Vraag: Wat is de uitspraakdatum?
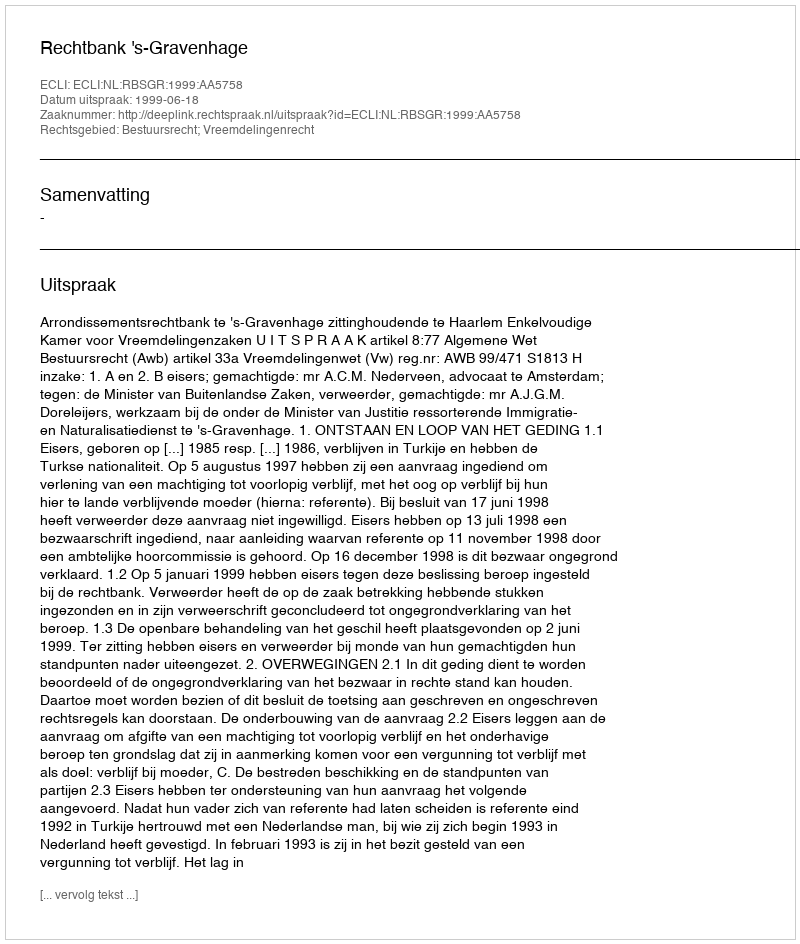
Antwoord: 1999-06-18